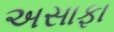
અસાફા